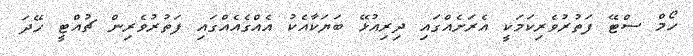
ހޯމް ސްޓޭ ފަތުރުވެރިކަމަކީ އެރަށެއްގައި ދިރިއުޅޭ ބަޔަކާއެކު އެއްގެއެއްގައި ފަތުރުވެރިން ޗުއްޓީ ހޭދަ